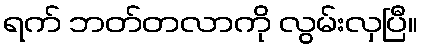
ရက် ဘတ်တလာကို လွမ်းလှပြီ။